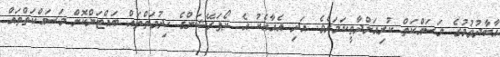
އާބާދުވުމުގެ މަސައްކަތް ކުރިއަށްދާތީކަމަށެވެ. އަދި އެއާއެކު އެ ކޯޕަރޭޝަންގެ ހިދުމަތްތައް ބައްޓަންކޮށް މަސައްކަތްތައް